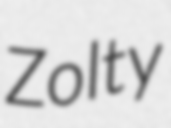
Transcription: Zolty